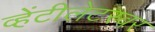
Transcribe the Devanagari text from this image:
व्हेंटीलेटरवर